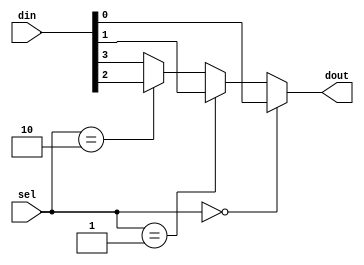
module mux (
    input [3:0] din,
    input [1:0] sel,
    output dout
);

assign dout = (sel == 2'b00)? din[0] :
              (sel == 2'b01)? din[1] :
              (sel == 2'b10)? din[2] : din[3];


endmodule